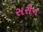
સરીન